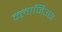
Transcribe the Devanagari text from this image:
क्लाजिउस